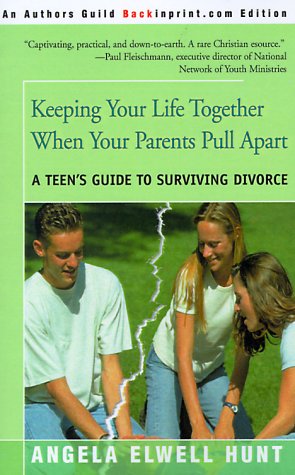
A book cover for Keeping Your Life Together When Your Parents Pull Apart: A Teen's Guide to Surviving Divorce; Angela Elwell Hunt; Teen & Young Adult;